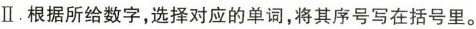
Ⅱ.根据所给数字，选择对应的单词，将其序号写在括号里。